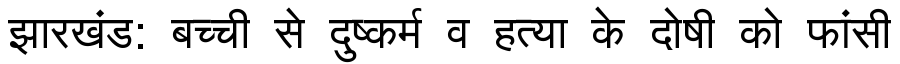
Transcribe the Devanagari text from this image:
झारखंड: बच्ची से दुष्कर्म व हत्या के दोषी को फांसी